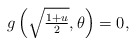
\begin{align*} g\left(\textstyle\sqrt{\frac{1+u}{2}},\theta\right)=0, \end{align*}